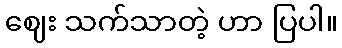
ဈေး သက်သာတဲ့ ဟာ ပြပါ။